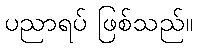
ပညာရပ် ဖြစ်သည်။